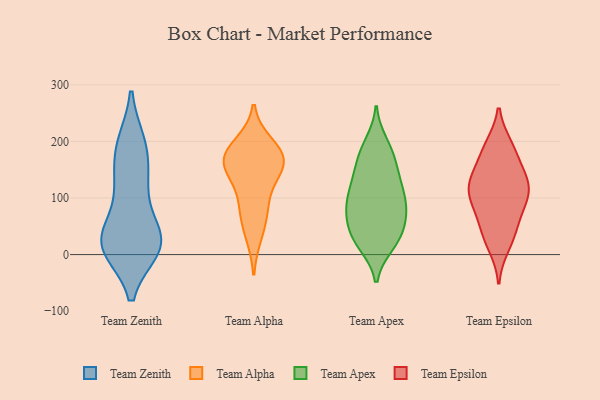
{"axis": {"x": "Shipments", "y": "Value"}, "legend": ["Team Alpha", "Team Apex", "Team Epsilon", "Team Zenith"], "data": [{"x": "", "y": 190, "type": "Team Zenith"}, {"x": "", "y": 18, "type": "Team Zenith"}, {"x": "", "y": 24, "type": "Team Zenith"}, {"x": "", "y": 121, "type": "Team Zenith"}, {"x": "", "y": 17, "type": "Team Zenith"}, {"x": "", "y": 191, "type": "Team Zenith"}, {"x": "", "y": 195, "type": "Team Zenith"}, {"x": "", "y": 22, "type": "Team Zenith"}, {"x": "", "y": 111, "type": "Team Zenith"}, {"x": "", "y": 12, "type": "Team Zenith"}, {"x": "", "y": 20, "type": "Team Zenith"}, {"x": "", "y": 18, "type": "Team Zenith"}, {"x": "", "y": 39, "type": "Team Zenith"}, {"x": "", "y": 140, "type": "Team Zenith"}, {"x": "", "y": 76, "type": "Team Alpha"}, {"x": "", "y": 162, "type": "Team Alpha"}, {"x": "", "y": 85, "type": "Team Alpha"}, {"x": "", "y": 35, "type": "Team Alpha"}, {"x": "", "y": 133, "type": "Team Alpha"}, {"x": "", "y": 154, "type": "Team Alpha"}, {"x": "", "y": 170, "type": "Team Alpha"}, {"x": "", "y": 194, "type": "Team Alpha"}, {"x": "", "y": 169, "type": "Team Alpha"}, {"x": "", "y": 179, "type": "Team Alpha"}, {"x": "", "y": 87, "type": "Team Apex"}, {"x": "", "y": 77, "type": "Team Apex"}, {"x": "", "y": 74, "type": "Team Apex"}, {"x": "", "y": 196, "type": "Team Apex"}, {"x": "", "y": 82, "type": "Team Apex"}, {"x": "", "y": 25, "type": "Team Apex"}, {"x": "", "y": 126, "type": "Team Apex"}, {"x": "", "y": 140, "type": "Team Apex"}, {"x": "", "y": 82, "type": "Team Apex"}, {"x": "", "y": 184, "type": "Team Apex"}, {"x": "", "y": 20, "type": "Team Apex"}, {"x": "", "y": 104, "type": "Team Apex"}, {"x": "", "y": 165, "type": "Team Apex"}, {"x": "", "y": 43, "type": "Team Apex"}, {"x": "", "y": 134, "type": "Team Apex"}, {"x": "", "y": 47, "type": "Team Apex"}, {"x": "", "y": 177, "type": "Team Apex"}, {"x": "", "y": 115, "type": "Team Apex"}, {"x": "", "y": 33, "type": "Team Apex"}, {"x": "", "y": 18, "type": "Team Apex"}, {"x": "", "y": 189, "type": "Team Epsilon"}, {"x": "", "y": 61, "type": "Team Epsilon"}, {"x": "", "y": 138, "type": "Team Epsilon"}, {"x": "", "y": 111, "type": "Team Epsilon"}, {"x": "", "y": 41, "type": "Team Epsilon"}, {"x": "", "y": 131, "type": "Team Epsilon"}, {"x": "", "y": 77, "type": "Team Epsilon"}, {"x": "", "y": 147, "type": "Team Epsilon"}, {"x": "", "y": 97, "type": "Team Epsilon"}, {"x": "", "y": 15, "type": "Team Epsilon"}, {"x": "", "y": 112, "type": "Team Epsilon"}, {"x": "", "y": 102, "type": "Team Epsilon"}, {"x": "", "y": 181, "type": "Team Epsilon"}, {"x": "", "y": 123, "type": "Team Epsilon"}, {"x": "", "y": 31, "type": "Team Epsilon"}, {"x": "", "y": 192, "type": "Team Epsilon"}]}